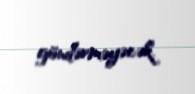
göndərməyəcək.